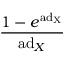
\frac { 1 - e ^ { \mathrm { a d _ { X } } } } { \mathrm { a d } _ { X } }